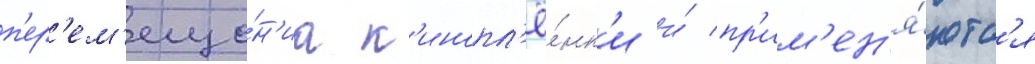
п'ер'ем'еще́н'иа к'инопл'ё́нк'и и́ пр'им'ен'я́ютс'я